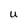
Character: U